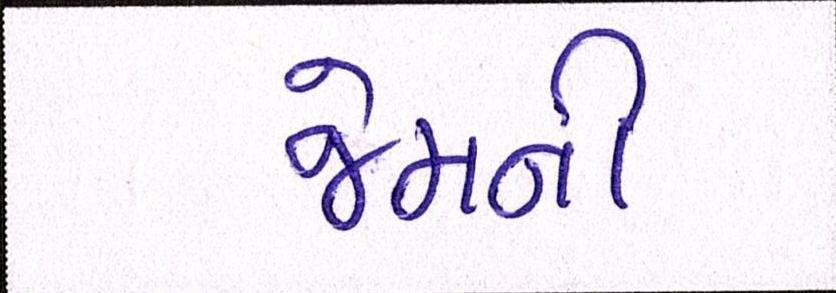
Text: જેમની